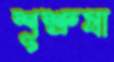
শূশ্রুষা